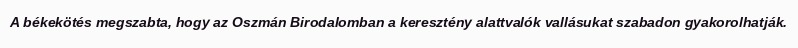
A békekötés megszabta, hogy az Oszmán Birodalomban a keresztény alattvalók vallásukat szabadon gyakorolhatják.